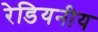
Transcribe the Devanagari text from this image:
रेडियनीय